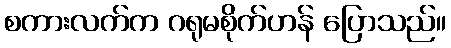
စကားလက်က ဂရုမစိုက်ဟန် ပြောသည်။